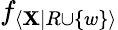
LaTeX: f_{\langle\mathbf{X}|R\cup\{ w\} \rangle}